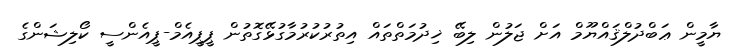
ޔާމީން ޢަބްދުލްޤައްޔޫމް އަށް ޖަލުން ލިބޭ ޚިދުމަތްތައް އިތުރުކުރުމާގުޅޭގޮތުން ޕީޕީއެމް-ޕީއެންސީ ކޯލިޝަންގެ